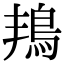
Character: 𮬬